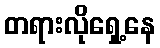
တရားလိုရှေ့နေ